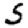
Digit: 5